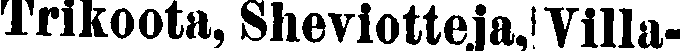
Trikoota, Sheviotteja, Villa-